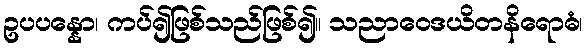
ဥပပန္နော၊ ကပ်၍ဖြစ်သည်ဖြစ်၍။ သညာဝေဒယိတနိရောဓံ၊